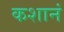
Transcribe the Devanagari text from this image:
कशानं